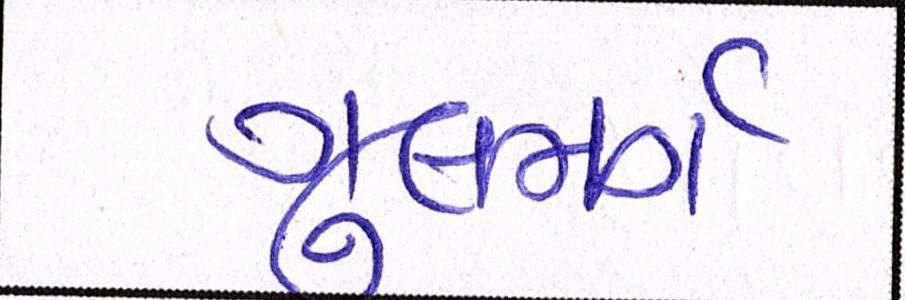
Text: ગુલમર્ગ